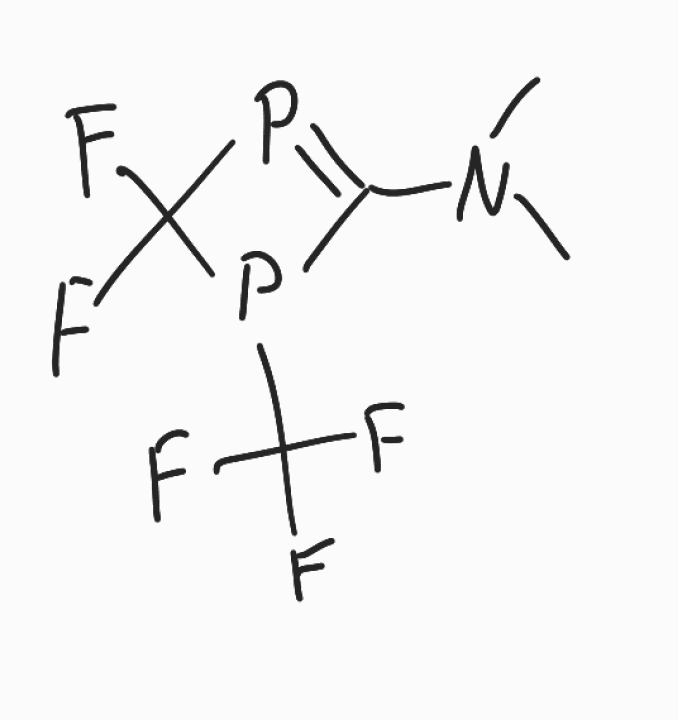
Simplified molecular-input line-entry system (SMILES) notation of the given molecule:
CN(C)C1=PC(P1C(F)(F)F)(F)F